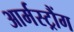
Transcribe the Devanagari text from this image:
आर्मस्ट्रौंग